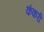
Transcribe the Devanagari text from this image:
कंकरी